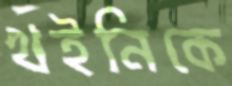
খইনিকে